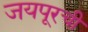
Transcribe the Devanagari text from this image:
जयपूरची